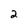
Character: 2